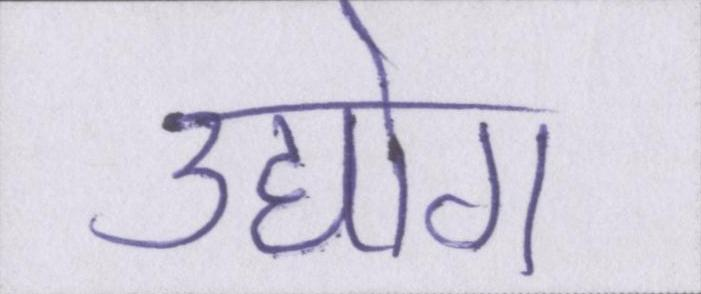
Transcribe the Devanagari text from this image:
उद्योग